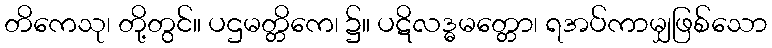
တိကေသု၊ တို့တွင်။ ပဌမတ္တိကေ၊ ၌။ ပဋိလဒ္ဓမတ္တော၊ ရအပ်ကာမျှဖြစ်သော